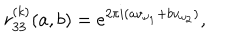
r _ { 3 3 } ^ { ( k ) } ( a , b ) = e ^ { 2 \pi i ( a v _ { \omega _ { 1 } } + b v _ { \omega _ { 2 } } ) } ,